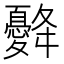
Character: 𢥙